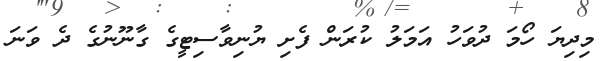
މިދިޔަ ހޯމަ ދުވަހު އަމަލު ކުރަން ފެށި ޔުނިވާސިޓީގެ ގާނޫނުގެ ދެ ވަނަ